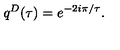
q ^ { D } ( \tau ) = e ^ { - 2 i \pi / \tau } .